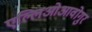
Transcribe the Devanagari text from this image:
एल्लिओआवोगुर